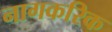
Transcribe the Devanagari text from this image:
नागकरिक